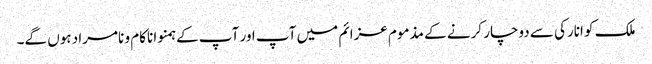
ملک کو انارکی سے دوچار کرنے کے مذموم عزائم میں آپ اور آپ کے ہمنوا ناکام و نامراد ہوں گے۔